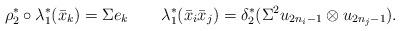
LaTeX: \begin{align*}\rho_2^*\circ\lambda_1^*(\bar{x}_k)=\Sigma e_k\quad\quad\lambda_1^*(\bar{x}_i\bar{x}_j)=\delta_2^*(\Sigma^2u_{2n_i-1}\otimes u_{2n_j-1}).\end{align*}